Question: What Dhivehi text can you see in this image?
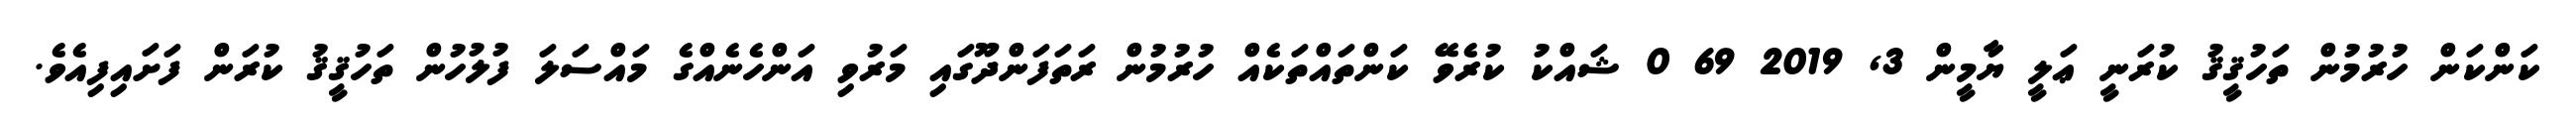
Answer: ކަންކަން ހުރުމުން ތަހުޤީޤު ކުރަނީ ޢަލީ ޔާމީން 3, 2019 69 0 ޝައްކު ކުރެވޭ ކަންތައްތަކެއް ހުރުމުން ރަތަފަންދޫގައި މަރުވި އަންހެނެއްގެ މައްސަލަ ފުލުހުން ތަހުޤީޤު ކުރަން ފަށައިފިއެވެ.